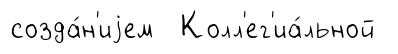
созда́н'иjем Колл'ег'иа́льной